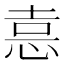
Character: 𭜶